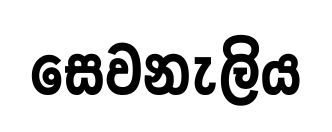
සෙවනැලිය